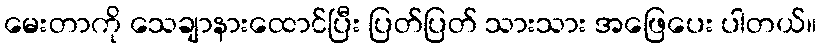
မေးတာကို သေချာနားထောင်ပြီး ပြတ်ပြတ် သားသား အဖြေပေး ပါတယ်။